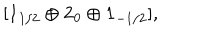
[ { \bf 1 } _ { 1 / 2 } \oplus { \bf 2 } _ { 0 } \oplus { \bf 1 } _ { - 1 / 2 } ] ,